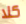
كلا